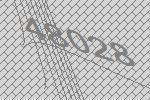
48028